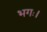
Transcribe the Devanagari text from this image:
भगः।